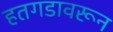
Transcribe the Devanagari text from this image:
हतगडावरून